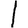
Digit: 1